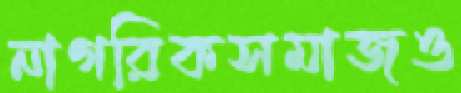
নাগরিকসমাজও